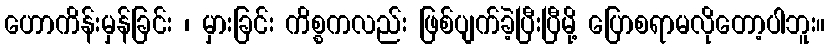
ဟောကိန်းမှန်ခြင်း ၊ မှားခြင်း ကိစ္စကလည်း ဖြစ်ပျက်ခဲ့ပြီးပြီမို့ ပြောစရာမလိုတော့ပါဘူး။